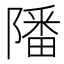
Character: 𨼠